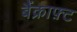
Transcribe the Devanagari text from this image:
बैंक्राफ़्ट